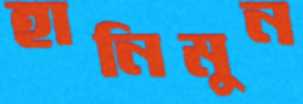
হানিমুন